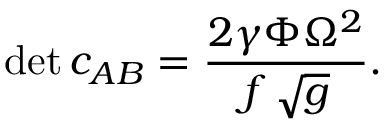
\operatorname * { d e t } c _ { A B } = { \frac { 2 \gamma \Phi \Omega ^ { 2 } } { f \, \sqrt { g } } } .